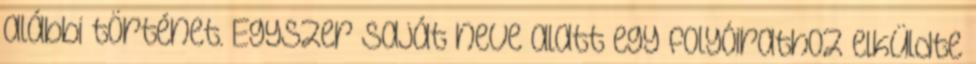
alábbi történet. Egyszer saját neve alatt egy folyóirathoz elküldte